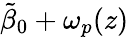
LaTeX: \tilde{\beta}_{0}+\omega_{p}(z)